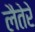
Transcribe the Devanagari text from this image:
लैतेरे